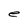
Character: e